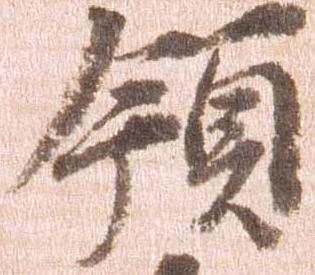
領